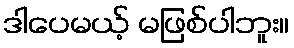
ဒါပေမယ့် မဖြစ်ပါဘူး။